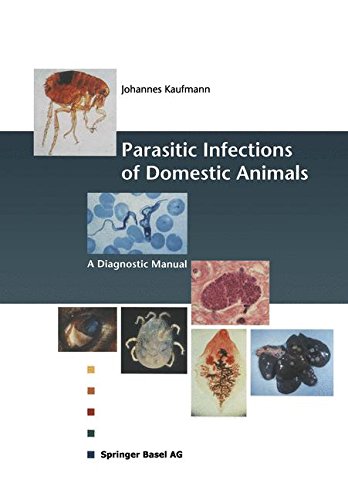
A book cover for Parasitic Infections of Domestic Animals: A Diagnostic Manual; Johannes Kaufmann; Medical Books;